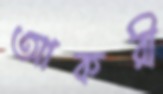
আকরী